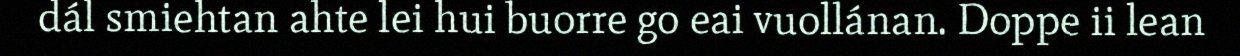
dál smiehtan ahte lei hui buorre go eai vuollánan. Doppe ii lean